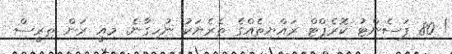
! 80 ޕަސެންޓު ކޮރެޕްޓް ރައްޔިތެއްގެ ތެރެޔަކު ނުހިގާނެ. މިއީ ރަން ތިރީސް